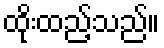
ထိုးထည့်သည်။